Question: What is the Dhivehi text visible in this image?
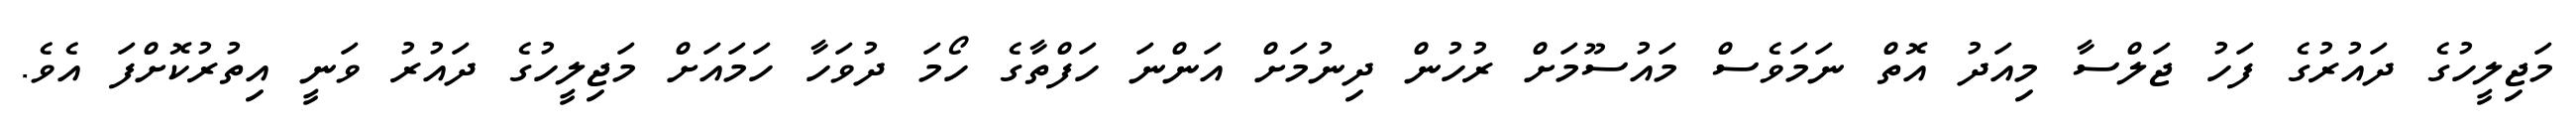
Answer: މަޖިލީހުގެ ދައުރުގެ ފަހު ޖަލްސާ މިއަދު އޮތް ނަމަވެސް މައުސޫމަށް ރުހުން ދިނުމަށް އަންނަ ހަފްތާގެ ހޯމަ ދުވަހާ ހަމައަށް މަޖިލީހުގެ ދައުރު ވަނީ އިތުރުކޮށްފަ އެވެ.